Civil Veterinary Department Bengal reports 1933-51 - 1933-1951
Year: 1933
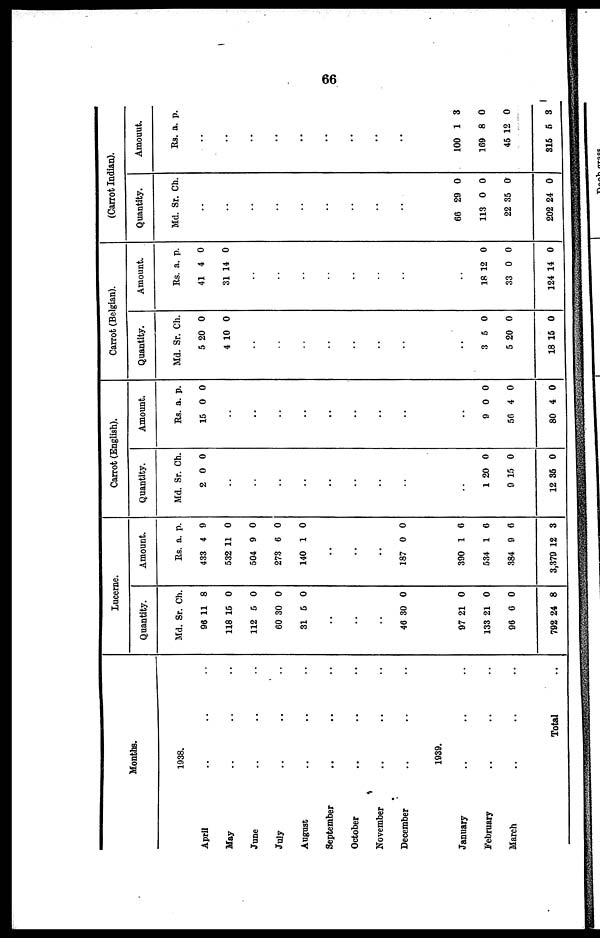
66
Months.
1938.
April ......
May ......
June ......
July ......
August .... ..
September ....
October ......
November ......
December ......
1939.
January ......
February ......
March ......
Total ..
Lucerne.
Quantity.
Md.
96
118
112
60
31
..
..
..
46
97
133
96
792
Sr.
11
15
5
30
5
30
21
21
6
24
Ch.
8
0
0
0
0
0
0
0
0
8
Amount.
Rs
433
532
504
273
140
..
..
..
187
390
534
384
3,379
. a.
4
11
9
6
1
0
1
1
9
12
p.
9
0
0
0
0
0
6
6
6
3
Carrot (English).
Quantity.
Md.
2
..
..
..
..
..
..
..
..
..
1
9
12
Sr.
0
20
15
35
Ch.
0
0
0
0
Amount.
Rs.
15
..
..
..
..
..
..
..
..
..
9
56
80
a.
0
0
4
4
p.
0
0
0
0
Carrot (Belgian).
Quantity.
Md.
5
4
..
..
..
..
..
..
..
..
3
5
18
Sr.
20
10
5
20
15
Ch.
0
0
0
0
0
Amount.
Rs.
41
31
..
..
..
..
..
..
..
..
18
33
124
a.
4
14
12
0
14
p.
0
0
0
0
0
(Carrot Indian).
Quantity.
Md.
..
..
..
..
..
..
..
..
..
66
113
22
202
Sr.
29
0
35
24
Ch.
0
0
0
0
Amount.
Rs.
..
..
..
..
..
..
..
..
..
100
169
45
315
a.
1
8
12
5
p.
3
0
0
3